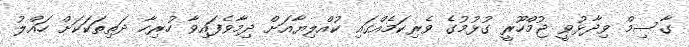
ގާސިމް ވިދާޅުވީ ޖުމްހޫރީ ގުޅުމުގެ ވެރިކަމެއްގައި ކުއްލިޔާއަށް ދިމާވެފައިވާ ހުރިހާ ދަތިތަކަކަށް ހައްލު